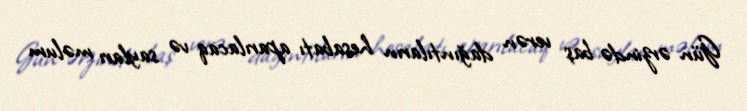
Gün ərzində baş verən dağıntıların hesabatı aparılacaq və sayları məlum